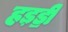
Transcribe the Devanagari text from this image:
हड़ॾी